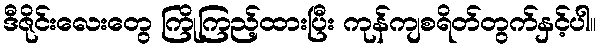
ဒီဇိုင်းလေးတွေ ကြိုကြည့်ထားပြီး ကုန်ကျစရိတ်တွက်နှင့်ပါ။